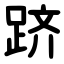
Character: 跻